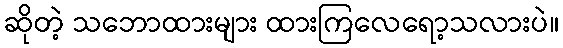
ဆိုတဲ့ သဘောထားများ ထားကြလေရော့သလားပဲ။